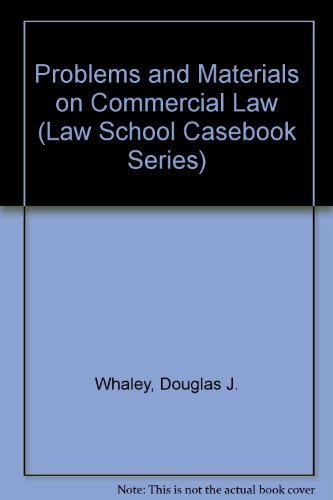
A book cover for Problems and Materials on Commercial Law (Law School Casebook Series); Douglas J. Whaley; Law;